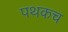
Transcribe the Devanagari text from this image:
पथकच